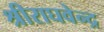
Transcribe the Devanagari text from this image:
श्रीराघवेन्द्र